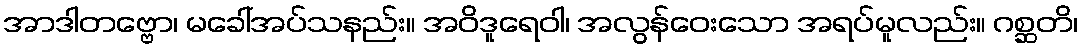
အာဒါတဗ္ဗော၊ မခေါ်အပ်သနည်း။ အဝိဒူရေဝါ၊ အလွန်ဝေးသော အရပ်မူလည်း။ ဂစ္ဆတိ၊